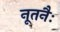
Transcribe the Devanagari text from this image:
नूतनैः